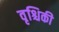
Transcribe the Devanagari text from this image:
वृश्चिकी